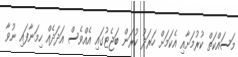
މަސައްކަތް ކުރުމަށާއި އެކަމަށް ހަރަދު ކުރަން ބަޖެޓުގައި އެއްވެސް އަދަދެއް ހިމަނާފައި ނުވާ